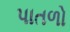
પાતળો